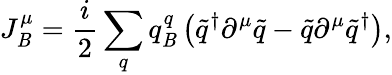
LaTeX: J_{\mathit{B}}^{\mu}=\frac{{i}}{{2}}\sum_{q}q_{\mathit{B}}^{q}\left(\widetilde{{q}}^{\dagger}\partial^{\mu}\widetilde{{q}}-\widetilde{{q}}\partial^{\mu}\widetilde{{q}}^{\dagger}\right),